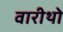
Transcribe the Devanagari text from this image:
वारीथो